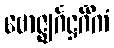
ဗောဇ္ဈင်္ဂဋ္ဌင်္ဂိကံ